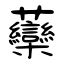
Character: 虊